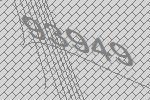
93949